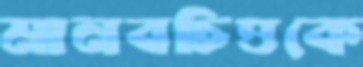
মানবচিত্তকে